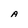
Character: A